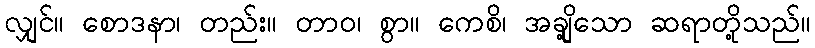
လျှင်။ စောဒနာ၊ တည်း။ တာဝ၊ စွာ။ ကေစိ၊ အချို့သော ဆရာတို့သည်။